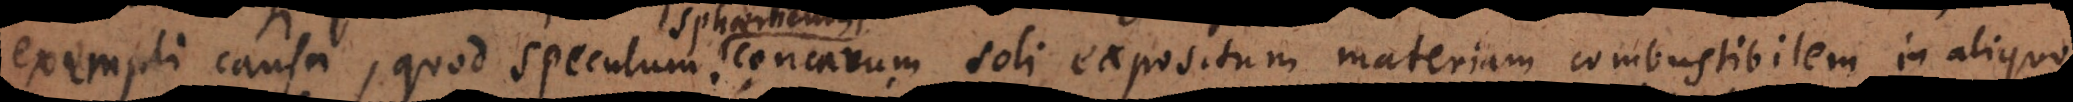
exempli causa, quod speculum concavum soli expositum materiam combustibilem in aliquo